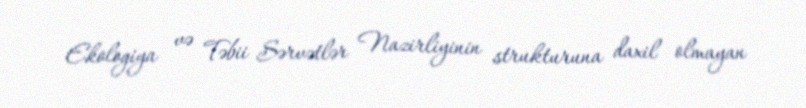
Ekologiya və Təbii Sərvətlər Nazirliyinin strukturuna daxil olmayan